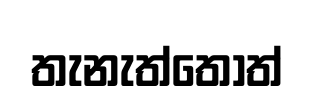
තැනැත්තෝත්